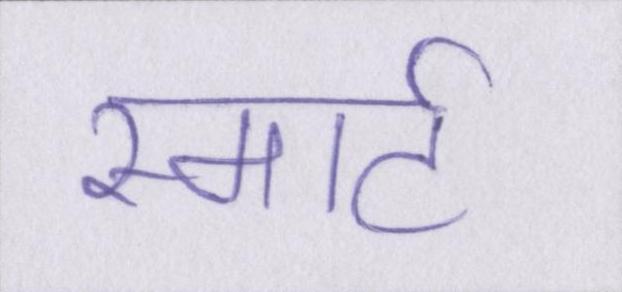
स्मार्ट